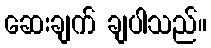
ဆေးချက် ချပါသည်။